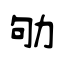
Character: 劬